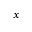
x